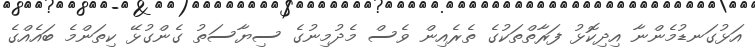
އަޅުގަނޑުމެންނާ އިދިކޮޅު ފަރާތްތަކުގެ ތެރެއިން ވެސް މެދުމިނުގެ ސިޔާސަތު ގެންގުޅޭ ކިތަންމެ ބައެއްގެ